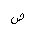
Letter: _sad